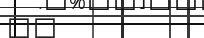
١٠